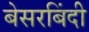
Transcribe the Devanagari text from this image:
बेसरबिंदी